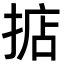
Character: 掂